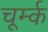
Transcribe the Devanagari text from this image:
चूर्म्क